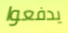
يدفعوا